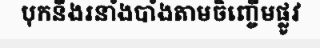
បុកនឹងរនាំងបាំងតាមចិញ្ចើមផ្លូវ